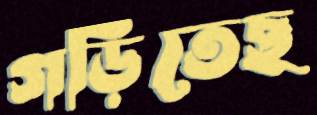
গড়িতেছ